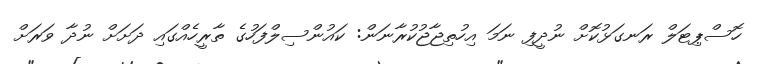
ހޮސްޕިޓަލް ރަނގަޅުކޮށް ނުދީފި ނަމަ އިހުތިޖާޖުކުރާނަން: ކައުންސިލްފަހުގެ ތާރީހެއްގައި ދަށަށް ނުދާ ވަރަށް